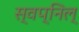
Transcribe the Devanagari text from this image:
स्वप्निल्